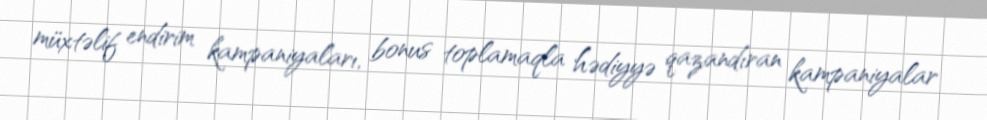
müxtəlif endirim kampaniyaları, bonus toplamaqla hədiyyə qazandıran kampaniyalar